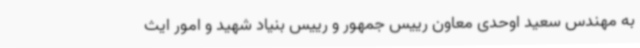
به مهندس سعید اوحدی معاون رییس جمهور و رییس بنیاد شهید و امور ایث